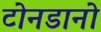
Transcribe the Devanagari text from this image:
टोनडानो